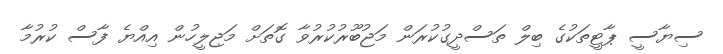
ސިޔާސީ ޕާޓީތަކުގެ ބިލް ތަސްދީގުކުރަން މަޖުބޫރުކުރުވާ ގޮތަށް މަޖިލީހުން އިއްޔެ ފާސް ކުރުމާ